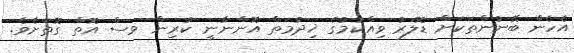
އެހެން ބޭނުންތަކަށް ޑޮލަރު ވިއްކުމުގެ ޚިދުމަތްް އޮންނާނީ ކުރިން ވސް އޮތް ގޮތަށެވެ.